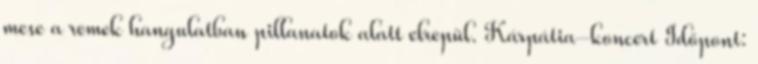
mese a remek hangulatban pillanatok alatt elrepül. Kárpátia-koncert Időpont: